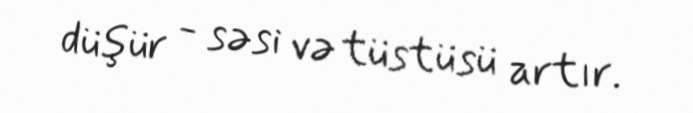
düşür - səsi və tüstüsü artır.